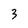
Character: 3